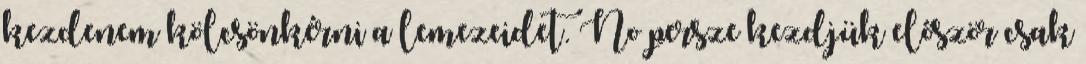
kezdenem kölcsönkérni a lemezeidet. No persze kezdjük először csak